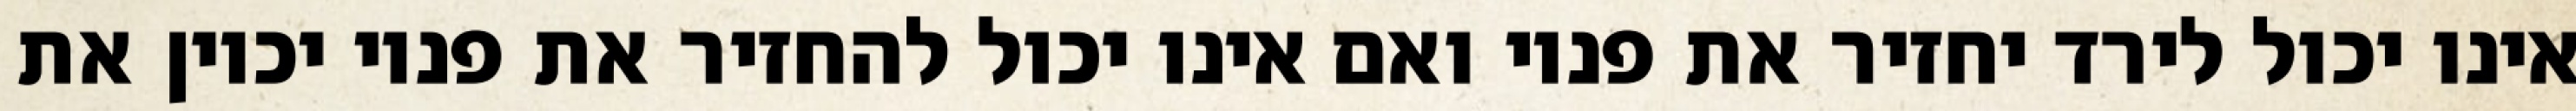
אינו יכול לירד יחזיר את פניו ואם אינו יכול להחזיר את פניו יכוין את